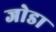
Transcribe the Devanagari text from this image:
जाेडा